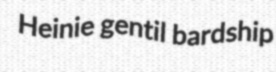
Heinie gentil bardship